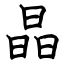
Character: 晶